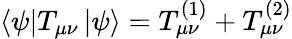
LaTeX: \left<\psi\right|T_{\mu\nu}\left|\psi\right>=T_{\mu\nu}^{(1)}+T_{\mu\nu}^{(2)}